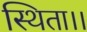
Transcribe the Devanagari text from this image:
स्थिता।।